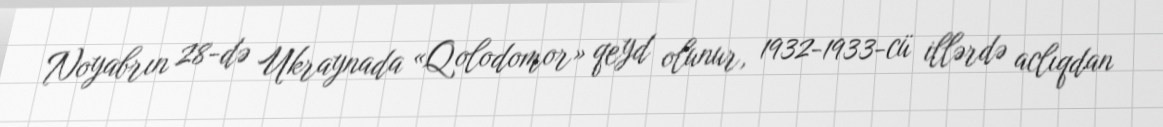
Noyabrın 28-də Ukraynada «Qolodomor» qeyd olunur, 1932-1933-cü illərdə aclıqdan